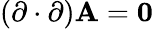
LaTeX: (\mathbf{\partial}\cdot\mathbf{\partial})\mathbf{A}=\mathbf{0}